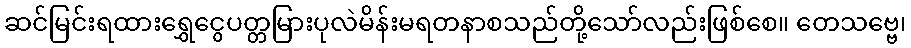
ဆင်မြင်းရထားရွှေငွေပတ္တမြားပုလဲမိန်းမရတနာစသည်တို့သော်လည်းဖြစ်စေ။ တေသဗ္ဗေ၊